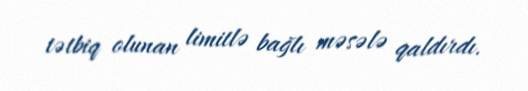
tətbiq olunan limitlə bağlı məsələ qaldırdı.